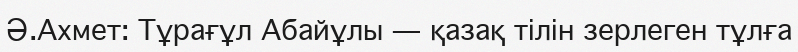
Ә.Ахмет: Тұрағұл Абайұлы — қазақ тілін зерлеген тұлға